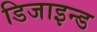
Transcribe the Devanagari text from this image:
डिजाइन्ड